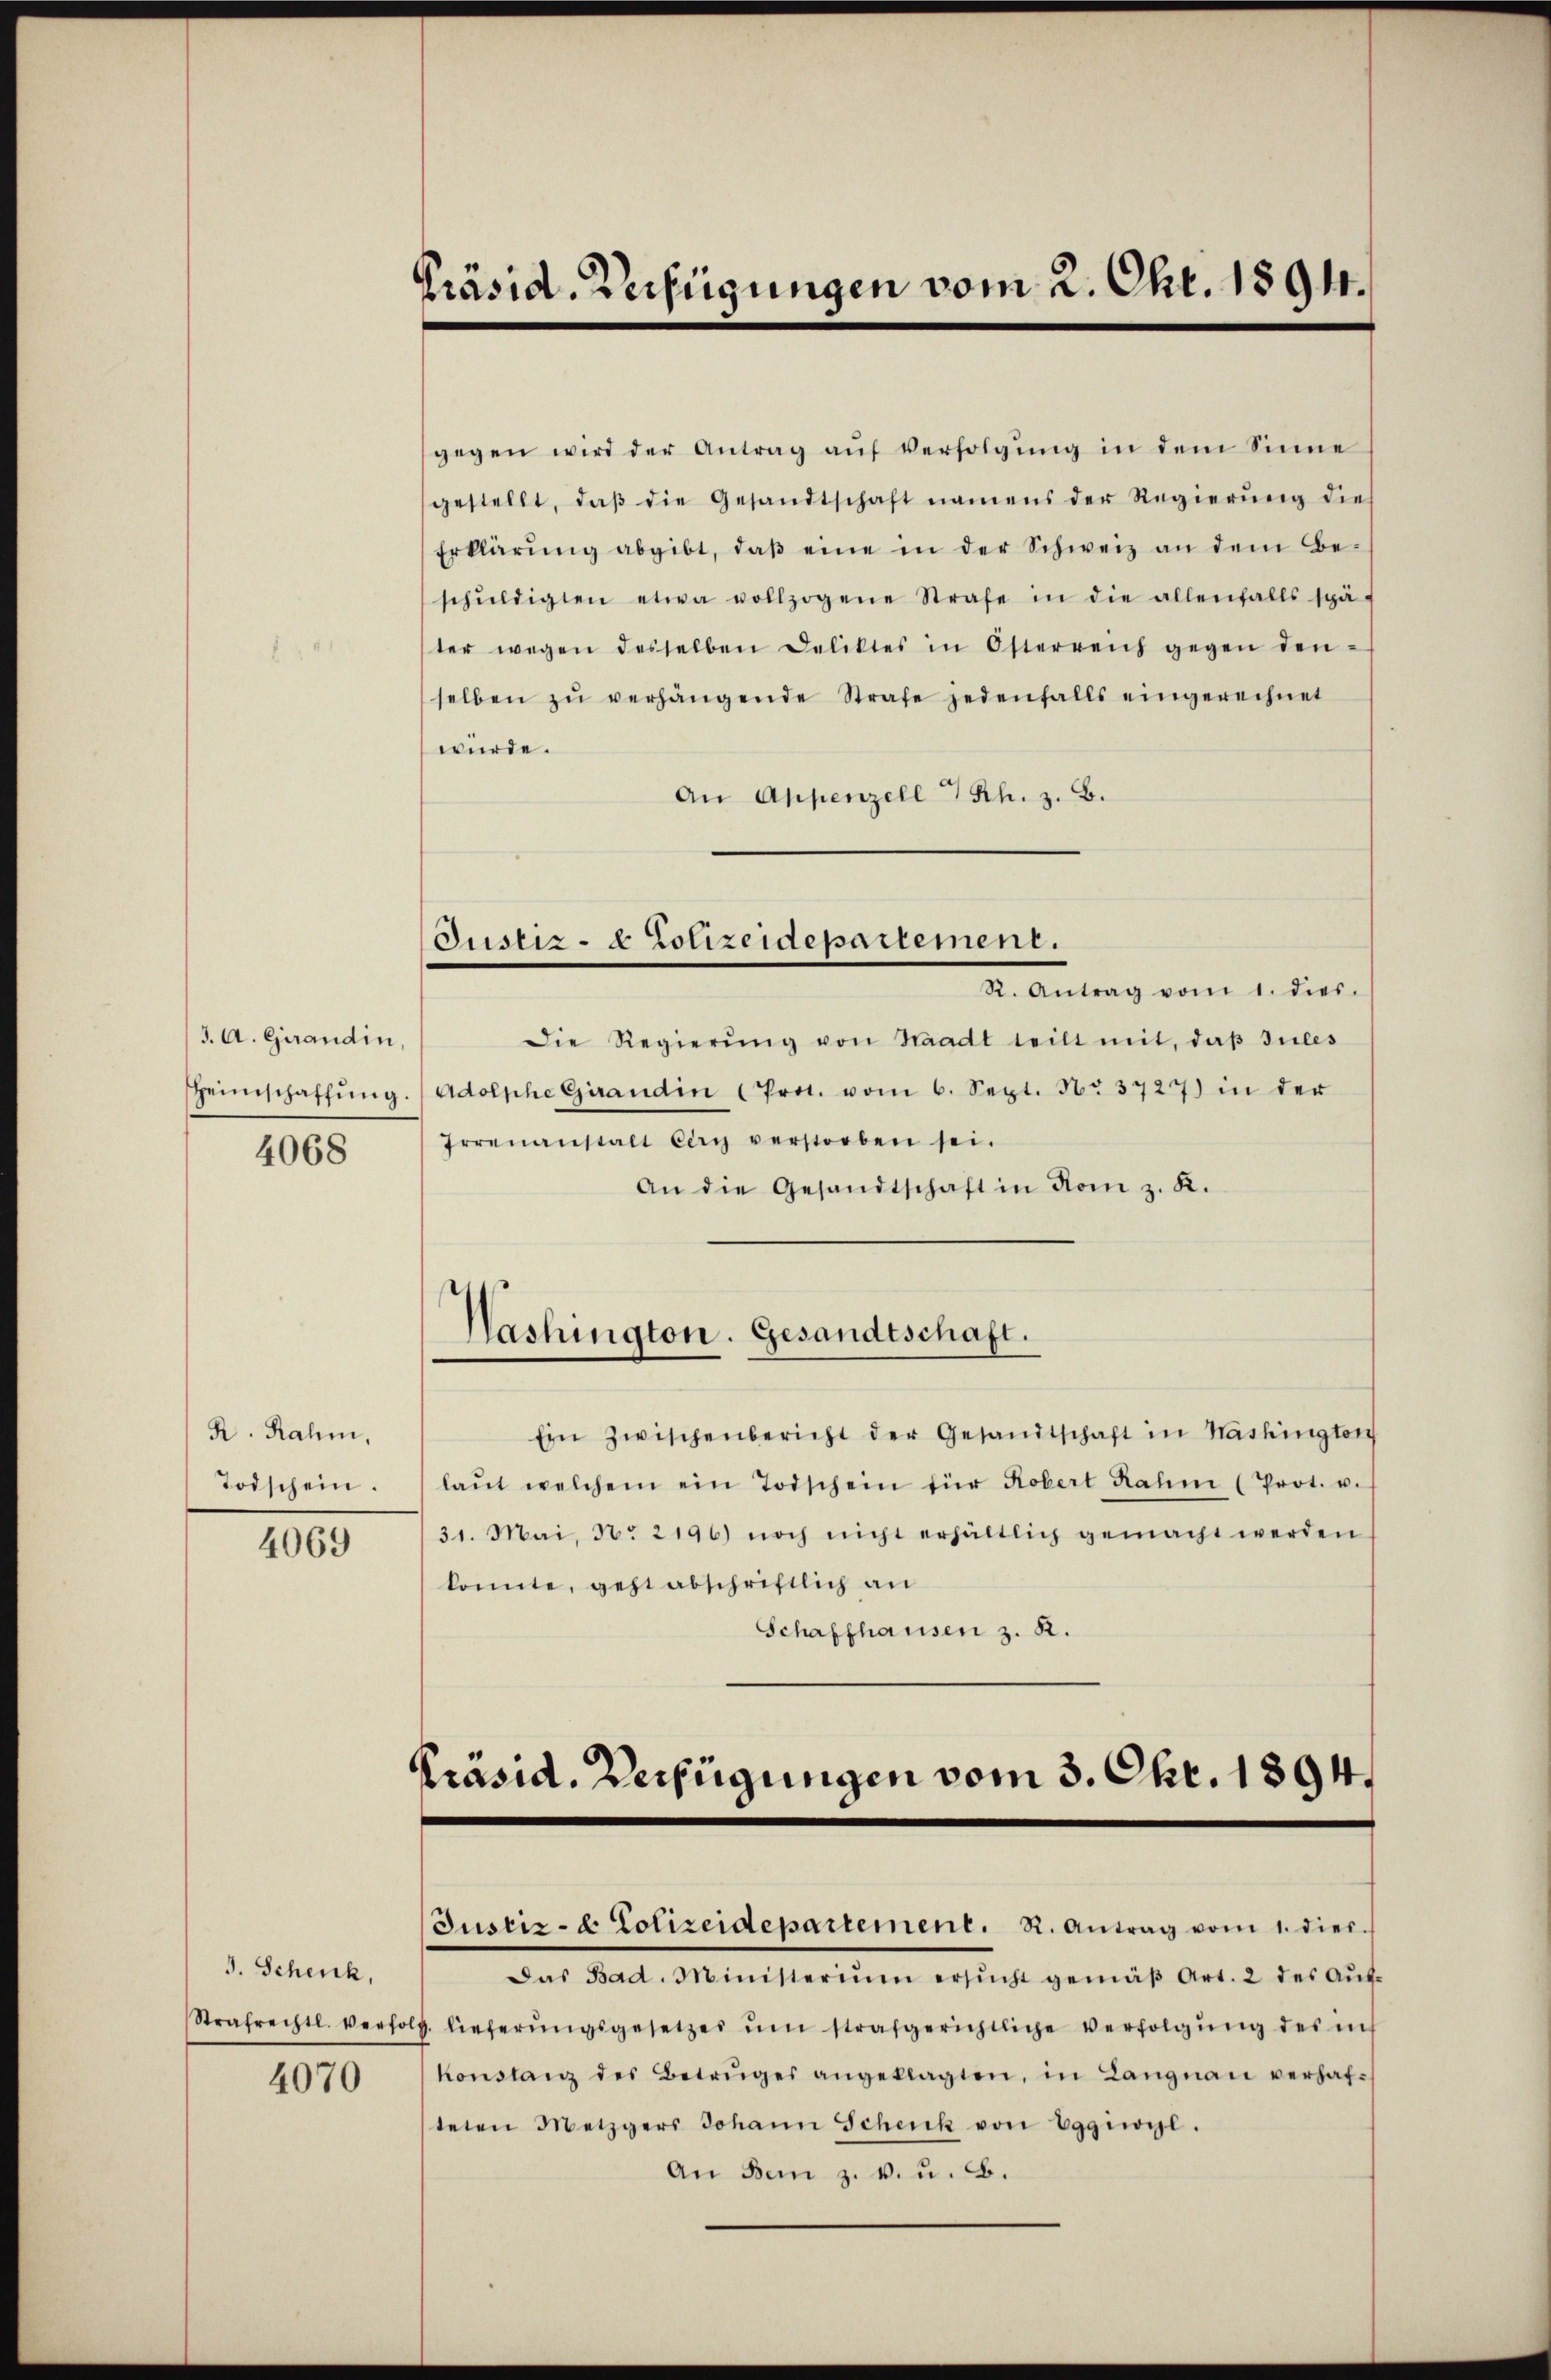
J. A. Girandin,
4068

R. Rahm,
Todschein.

4069

J. Schenk,
Strafrechtl. Verhol

4070

Präsid. Verfügungen vom 2. Chr. 1894.

gegen wird der Antrag aŭf Verfolgŭng in dem Sinne
gestellt, daβ die Gesandtschaft namens der Regierŭng dies
Erklärŭng abgibt, daβ eine in der Schweiz an dem Be-
schŭldigten etwa vollzogene Strafe in die allenfalls spä-
ter wegen desselben Deliktes in Österreich gegen den-
selben zŭ verhängende Strafe jedenfalls eingerechnet
würde.
An Appenzell Sch. z. B.

R. Antrag vom 1. dies.
Die Regierŭng von Waadt teilt mit, daβ Jules
Heimschaffŭng. Adolphe Grandin (Prot. vom 6. Sept. No 3727) in der
Irrenanstalt Cary verstorben sei.
An die Gesandtschaft in vom z. K.

Justiz- & Polizeidepartement.

Washington. Gesandtschaft.

Präsid. Verfügungen vom 3. Okt. 1894.
Justiz- & Polizeidepartement. R. Antrag vom 1. dies

Ein zwischenbericht der Gesandtschaft in Nashingten
laŭt welchem ein Todschein für Robert Rahm (Prot. u.
31. Mai, N. 2196) noch nicht erhältlich gemacht werden
konnte, geht abschriftlich an
Schaffhausen z. R.

Das Bad. Ministerium ersŭcht gemäβ Art. 2 des Aŭf-
v. lieferŭngsgesetzes ŭm strafgerichtliche Verfolgŭng des in
konstanz des Betruges angeklagten, in Langnau verhaf-
teten Metzgers Johann Schenk von Eggiwyl.
An dem z. v. u. B.